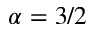
\alpha = 3 / 2